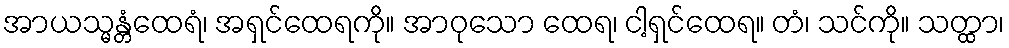
အာယသ္မန္တံထေရံ၊ အရှင်ထေရကို။ အာဝုသော ထေရ၊ ငါ့ရှင်ထေရ။ တံ၊ သင်ကို။ သတ္ထာ၊